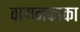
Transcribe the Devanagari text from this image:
वामनकाका